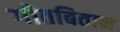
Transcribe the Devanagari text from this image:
गीतबितान